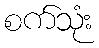
စက်သုံး